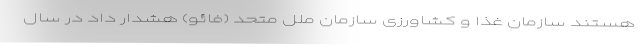
هستند سازمان غذا و کشاورزی سازمان ملل متحد (فائو) هشدار داد در سال